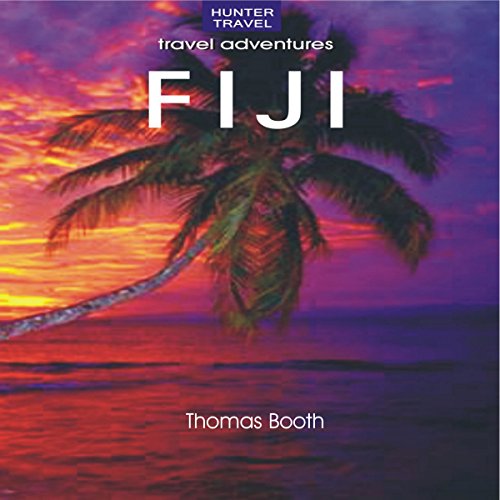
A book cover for Fiji: Travel Adventures; Thomas Booth; Travel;